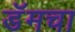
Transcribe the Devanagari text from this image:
डॅमचा